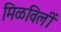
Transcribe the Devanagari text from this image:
मिळविलीं